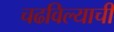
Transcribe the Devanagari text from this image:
चढविल्याची